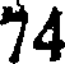
74